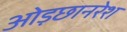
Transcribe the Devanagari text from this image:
ओड़छानरेश